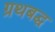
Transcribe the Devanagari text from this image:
ग्रथबद्ध